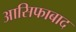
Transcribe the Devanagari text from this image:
आसिफाबाद